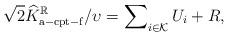
LaTeX: \begin{align*}\sqrt{2}\widehat{K}_\mathrm{a-cpt-f}^\mathbb{R}/\upsilon = \sum\nolimits_{i\in\mathcal{K}}U_i+R,\end{align*}